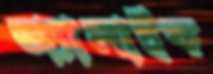
অ্যালাইক